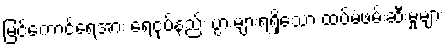
မြင်ကောင်ရေအား ရေငုပ်နည်း ပွားများရရှိသော ထပ်မံဖမ်းဆီးမှုများ